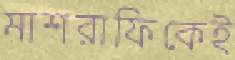
মাশরাফিকেই